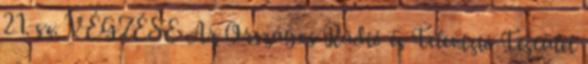
21. sz. VÉGZÉSE Az Országos Rádió és Televízió Testület